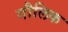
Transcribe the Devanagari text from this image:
गौलिक